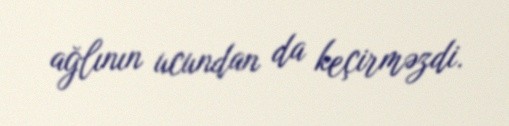
ağlının ucundan da keçirməzdi.